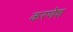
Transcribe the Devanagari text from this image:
करणेश